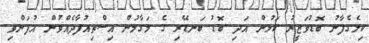
ކިލެގެފާނު ބޮޑުވަޒީރު ކަމުން އަދި ބޮޑު ބަނޑޭރި ގެ މަގާމުން އިސްތިއުފާދެއްވުން އުފަންވި